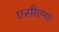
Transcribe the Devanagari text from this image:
एसीएमए